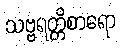
သဗ္ဗရတ္တိစာရော